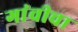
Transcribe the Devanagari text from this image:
गांवीचा